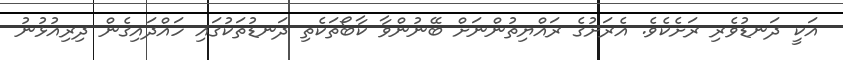
އަކީ ދަނޑުވެރި ރަށެކެވެ. އެރަށުގެ ރައްޔިތުންނަށް ބޭނުންވާ ކާބޯތަކެތި ދަނޑުތަކުގައި ހައްދައިގެން ދިރިއުޅުނު